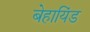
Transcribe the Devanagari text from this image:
बेहायिंड